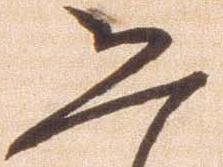
恐